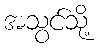
အသွင်သို့